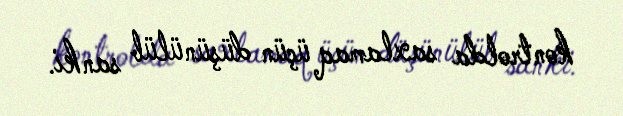
kontrolda saxlamaq üçün düşünülüb sanki.